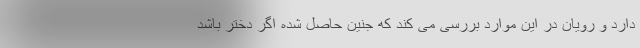
دارد و رویان در این موارد بررسی می کند که جنین حاصل شده اگر دختر باشد